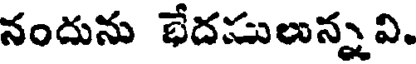
నందును భేదములున్న వి.